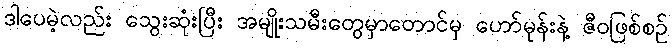
ဒါပေမဲ့လည်း သွေးဆုံးပြီး အမျိုးသမီးတွေမှာတောင်မှ ဟော်မုန်းနဲ့ ဇီဝဖြစ်စဉ်